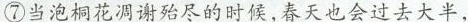
⑦当泡桐花凋谢殆尽的时候,春天也会过去大半，